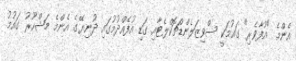
އެންމެ "އުފާވެރި" ގައުމަކީ ސްވިޒަލެންޑްޗޮކްލެޓާއި ގަޑި އުފެއްދުމުގައި ދުނިޔޭގެ އެންމެ މަޝްހޫރު ގައުމު